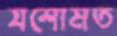
যশোমত